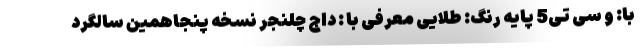
با: و سی تی5 پایه رنگ: طلایی معرفی با : داج چلنجر نسخه پنجاهمین سالگرد